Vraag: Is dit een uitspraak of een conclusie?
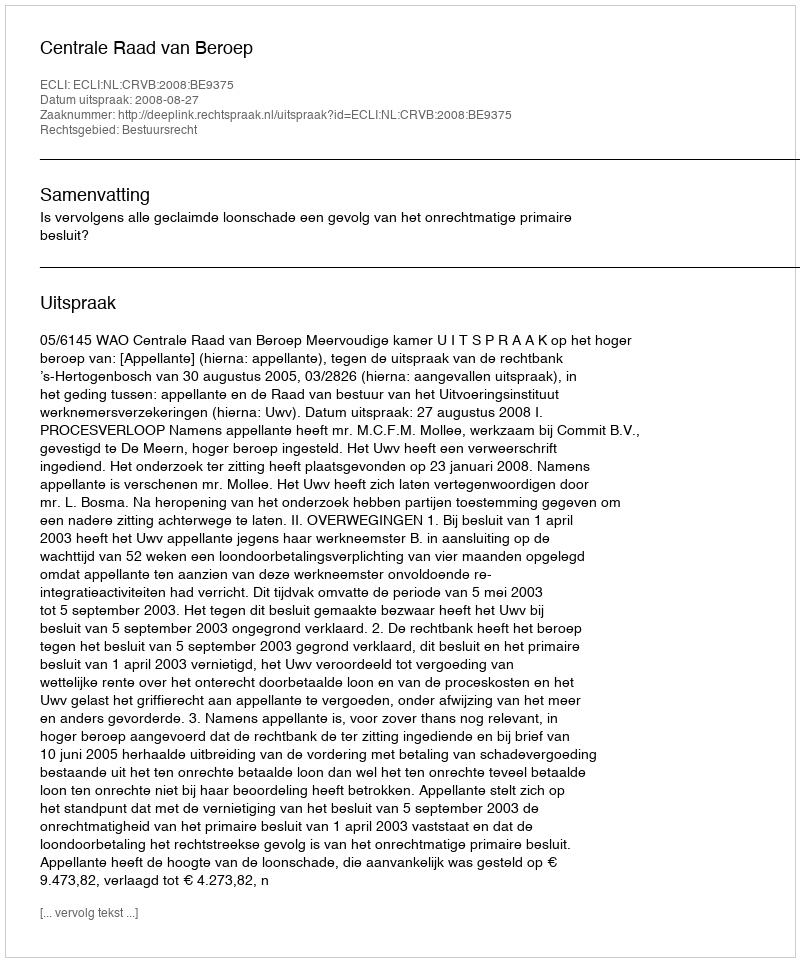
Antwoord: Uitspraak